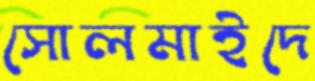
সোলমাইদে